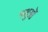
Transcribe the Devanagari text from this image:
पशुऒं